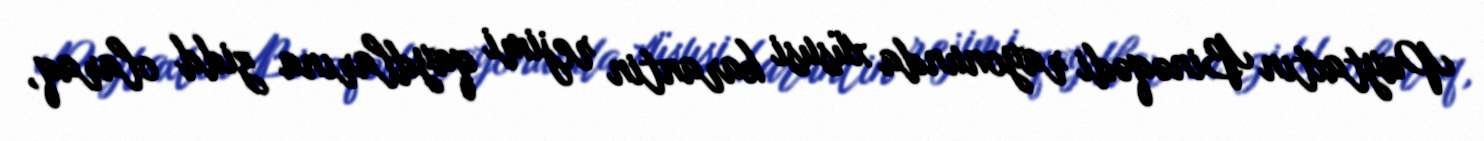
Paytaxtın Binəqədi rayonunda xüsusi karantin rejimi qaydlarına zidd olaraq,